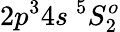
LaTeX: {2p^{3}4s~^{5}S_{2}^{o}}